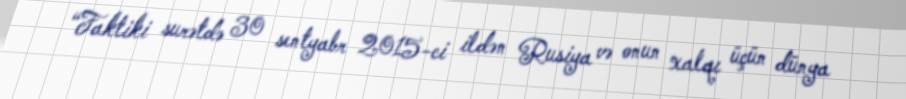
“Faktiki surətdə 30 sentyabr 2015-ci ildən Rusiya və onun xalqı üçün dünya